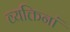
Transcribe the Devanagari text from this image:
व्यक्तिनां